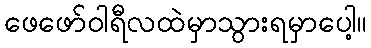
ဖေဖော်ဝါရီလထဲမှာသွားရမှာပေါ့။